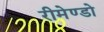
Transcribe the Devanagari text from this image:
रीमेण्डो